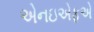
એનઇએફએ